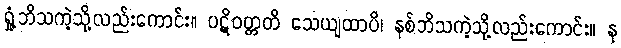
ရှုံ့ဘိသကဲ့သို့လည်းကောင်း။ ပဋိဝတ္တတိ သေယျထာပိ၊ နစ်ဘိသကဲ့သို့လည်းကောင်း။ န